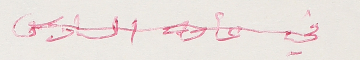
في عامه السادس